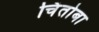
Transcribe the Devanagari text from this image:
चिंतोबा